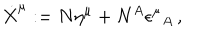
\dot { X } ^ { \mu } : = N \eta ^ { \mu } + N ^ { A } \epsilon ^ { \mu } { } _ { A } \, ,